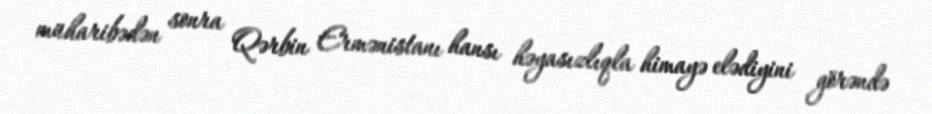
müharibədən sonra Qərbin Ermənistanı hansı həyasızlıqla himayə elədiyini görəndə